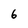
Character: 6